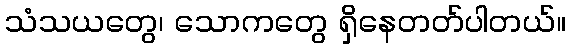
သံသယတွေ၊ သောကတွေ ရှိနေတတ်ပါတယ်။